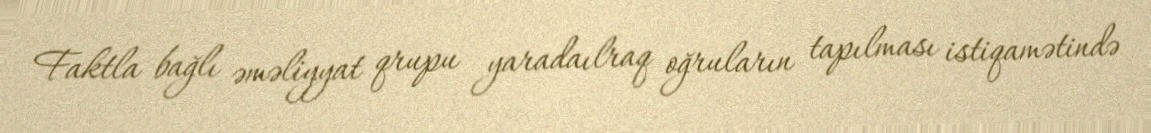
Faktla bağlı əməliyyat qrupu yaradaılraq oğruların tapılması istiqamətində